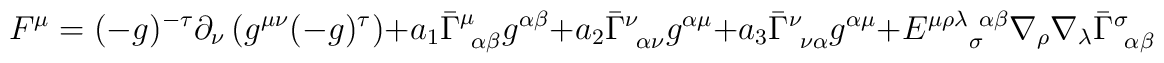
F^\mu = (-g)^{-\tau} \partial_\nu \left( g^{\mu \nu} (-g)^\tau \right)+ a_1 \bar{\Gamma}^\mu_{~\alpha \beta} g^{\alpha \beta}+ a_2 \bar{\Gamma}^\nu_{~\alpha \nu} g^{\alpha \mu}+ a_3 \bar{\Gamma}^\nu_{~\nu \alpha} g^{\alpha \mu}+ E^{\mu \rho \lambda ~ \alpha \beta}_{~~~~\sigma} \nabla_\rho \nabla_\lambda\bar{\Gamma}^\sigma_{~\alpha \beta}